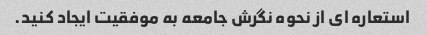
استعاره ای از نحوه نگرش جامعه به موفقیت ایجاد کنید.